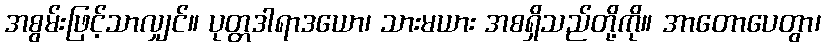
အစွမ်းဖြင့်သာလျှင်။ ပုတ္တဒါရာဒယော၊ သားမယား အစရှိသည်တို့ကို။ အာတောပေတွာ၊